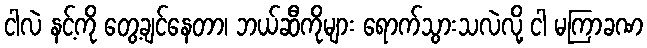
ငါလဲ နင့်ကို တွေ့ချင်နေတာ၊ ဘယ်ဆီကိုများ ရောက်သွားသလဲလို့ ငါ မကြာခဏ